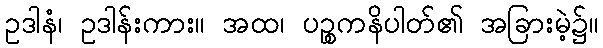
ဥဒါနံ၊ ဥဒါန်းကား။ အထ၊ ပဉ္စကနိပါတ်၏ အခြားမဲ့၌။